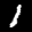
Label: 1